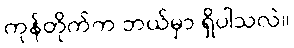
ကုန်တိုက်က ဘယ်မှာ ရှိပါသလဲ။